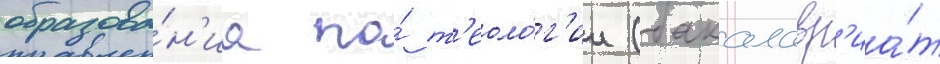
образова́н'иа по́ т'еоло́г'ии (бакалавр'иа́т